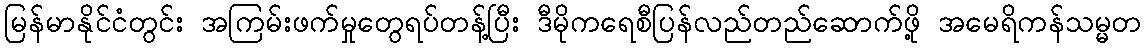
မြန်မာနိုင်ငံတွင်း အကြမ်းဖက်မှုတွေရပ်တန့်ပြီး ဒီမိုကရေစီပြန်လည်တည်ဆောက်ဖို့ အမေရိကန်သမ္မတ